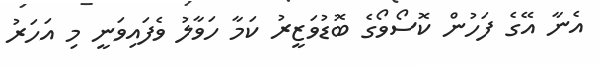
އެނާ އޭގެ ފަހުން ކޮސޯވޯގެ ބޮޑުވަޒީރު ކަމާ ހަވާލު ވެފައިވަނީ މި އަހަރު